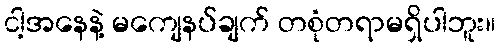
ငါ့အနေနဲ့ မကျေနပ်ချက် တစုံတရာမရှိပါဘူး။